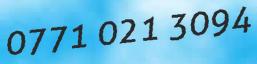
0771 021 3094